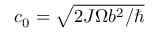
c _ { 0 } = \sqrt { 2 J \Omega b ^ { 2 } / \hbar }